Annual report on the mental hospital in the Central Provinces and Berar (Nagpur) - 1927-1951
Year: 1927
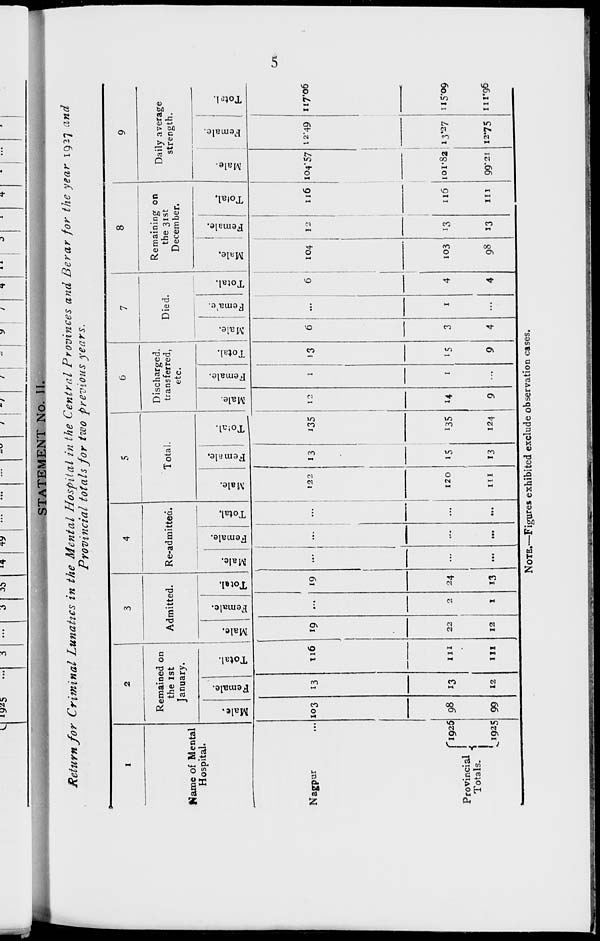
5
STATEMENT No. II.
Return for Criminal Lunatics in the Mental Hospital in the Central Provinces and Berar for the year 1927 and
Provincial totals for two previous
years.
1
Name of Mental
Hospital.
Nagpur ...
Provincial
Totals.
1926
1925
2
Remained on
the 1st
January.
Male.
103
98
99
Female.
13
13
12
Total.
116
111
111
3
Admitted.
Male.
19
22
12
Female.
...
2
1
Total.
19
24
13
4
Re-admitted.
Male.
...
...
...
Female.
...
...
...
Total.
...
...
...
5
Total.
Male.
122
120
111
Female.
13
15
13
Total.
135
135
124
6
Discharged,
transferred,
etc.
Male.
12
14
9
Female.
1
1
...
Total.
13
15
9
7
Died.
Male.
6
3
4
Female.
...
1
...
Total.
6
4
4
8
Remaining on
the 31st
December.
Male.
104
103
98
Female.
12
13
13
Total.
116
116
111
9
Daily average
strength.
Male.
104.57
101.82
99.21
Female.
12.49
13.27
12.75
Total.
117.06
115.09
111.96
NOTE.—Figures exhibited exclude observation cases.